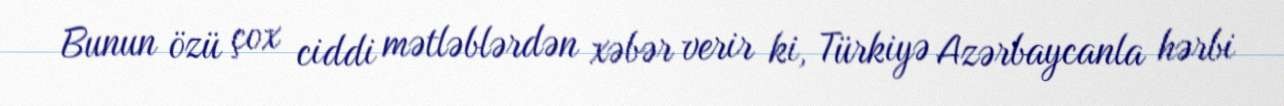
Bunun özü çox ciddi mətləblərdən xəbər verir ki, Türkiyə Azərbaycanla hərbi